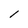
Character: l